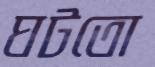
ঘটতো